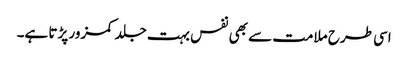
اسی طرح ملامت سے بھی نفس بہت جلد کمزور پڑتا ہے۔